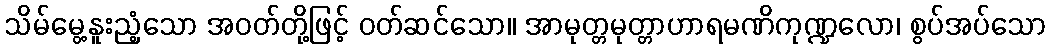
သိမ်မွေ့နူးညံ့သော အဝတ်တို့ဖြင့် ဝတ်ဆင်သော။ အာမုတ္တမုတ္တာဟာရမဏိကုဏ္ဍလော၊ စွပ်အပ်သော